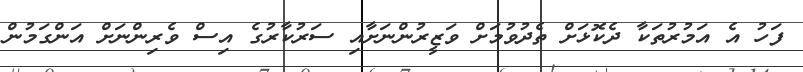
ފަހު އެ އަމުރުތަކާ ދެކޮޅަށް ތެދުވުމަށް ވަޒީރުންނަށާއި ސަރުކާރުގެ އިސް ވެރިންނަށް އަންގަމުން